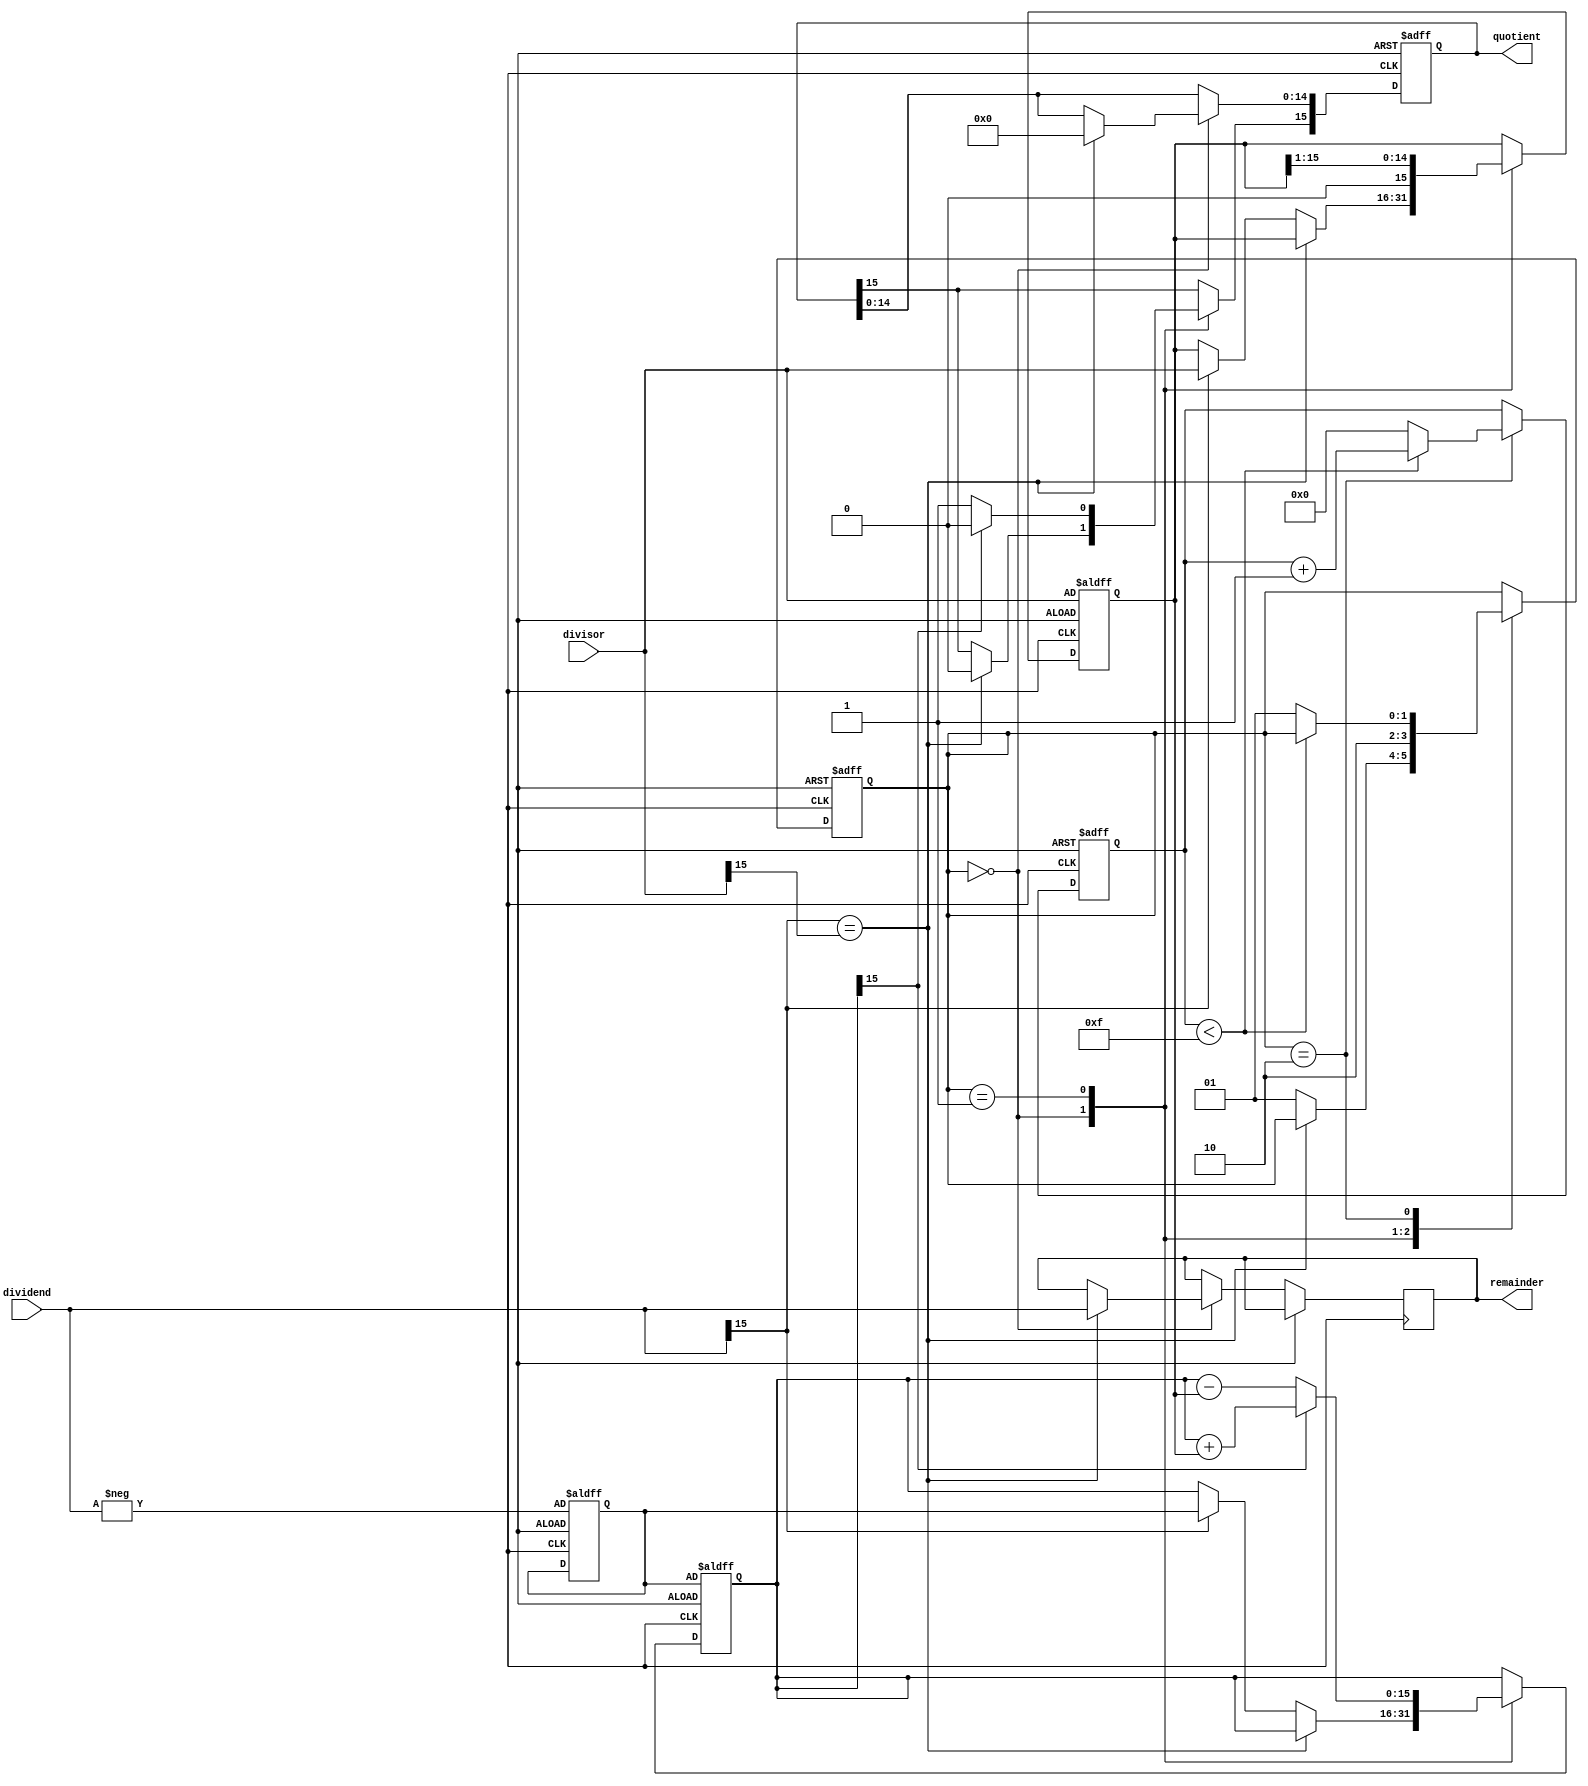
module non_restoring_divider (
    input signed [15:0] dividend,
    input signed [15:0] divisor,
    output reg signed [15:0] quotient,
    output reg signed [15:0] remainder
);

reg signed [15:0] negative_dividend;
reg signed [15:0] remainder_temp;
reg signed [15:0] divisor_temp;

reg [4:0] iteration;
reg [4:0] count;

reg [1:0] state;
parameter S_IDLE = 2'b00;
parameter S_SUBTRACT = 2'b01;
parameter S_SHIFTRIGHT = 2'b10;

always @(posedge clk or posedge rst) begin
    if (rst) begin
        iteration <= 5'd0;
        count <= 5'd0;
        state <= S_IDLE;
        quotient <= 16'h0;
        negative_dividend <= -dividend;
        remainder_temp <= negative_dividend;
        divisor_temp <= divisor;
    end else begin
        case (state)
            S_IDLE: begin
                if (dividend[15] == divisor[15])
                    begin
                        quotient <= 16'h0;
                        remainder <= dividend;
                    end else begin
                    if (dividend[15] == 1)
                        begin
                            remainder_temp <= negative_dividend;
                            divisor_temp <= divisor;
                        end
                    state <= S_SUBTRACT;
                end
            end
            S_SUBTRACT: begin
                if (remainder_temp[15] == 1) begin
                    remainder_temp <= remainder_temp + divisor_temp;
                    quotient[15] <= 0;
                end else begin
                    remainder_temp <= remainder_temp - divisor_temp;
                    quotient[15] <= 1;
                end
                divisor_temp <= divisor_temp >> 1;
                state <= S_SHIFTRIGHT;
            end
            S_SHIFTRIGHT: begin
                dividend_temp <= dividend_temp << 1;
                if (count < 5'd15)
                    count <= count + 5'd1;
                else begin
                    state <= S_SUBTRACT;
                    iteration <= iteration + 5'd1;
                    count <= 5'd0;
                end
            end
        endcase
    end
end

endmodule